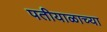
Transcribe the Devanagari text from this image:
पतीयाळाच्या